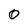
Character: 0